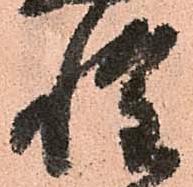
惶